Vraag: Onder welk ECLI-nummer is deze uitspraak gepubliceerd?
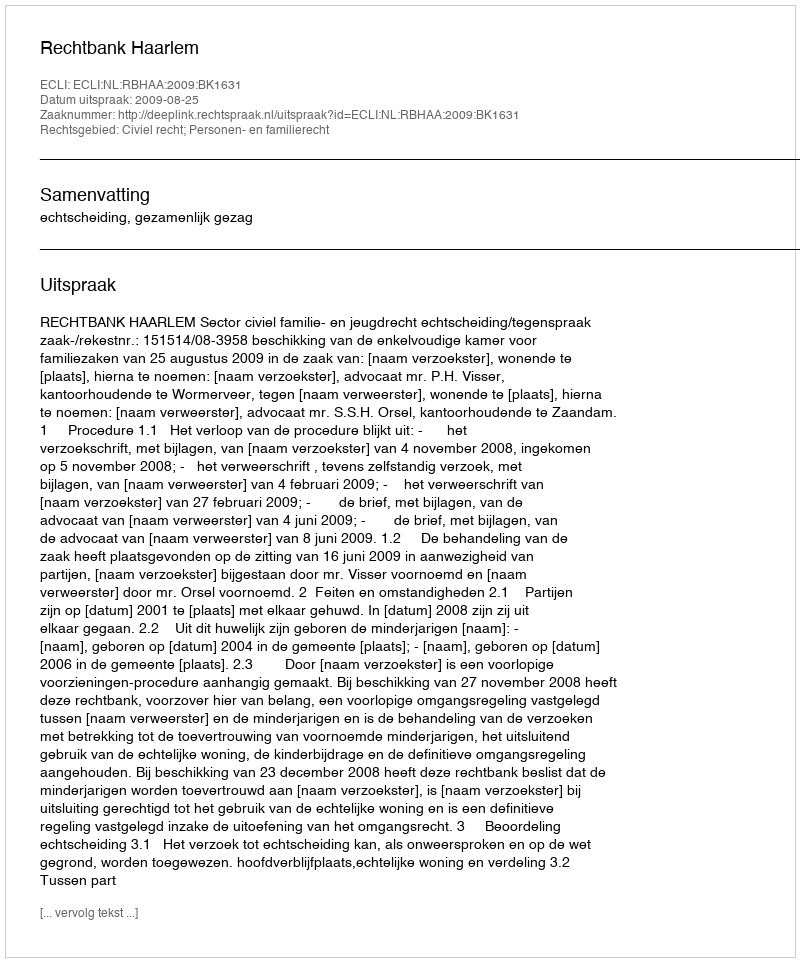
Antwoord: ECLI:NL:RBHAA:2009:BK1631